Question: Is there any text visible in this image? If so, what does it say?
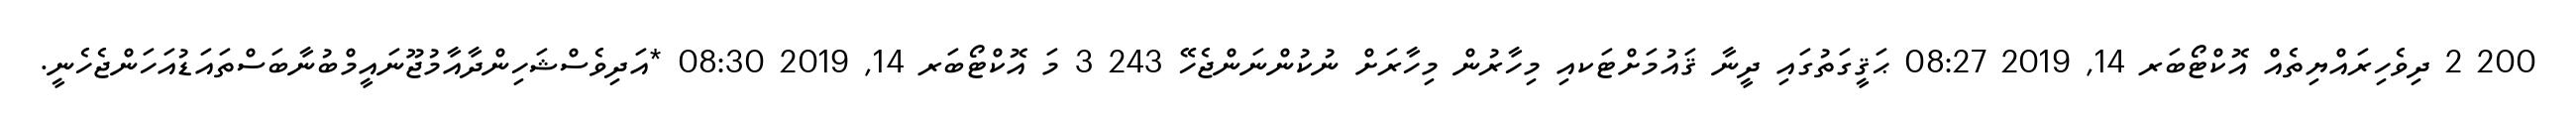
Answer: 200 2 ދިވެހިރައްޔިތެއް އޮކްޓޯބަރ 14, 2019 08:27 ޙަޤީގަތުގައި ދީނާ ޤައުމަށްޓަކއި މިހާރުން މިހާރަށް ނުކުންނަންޖެހޭ 243 3 މަ އޮކްޓޯބަރ 14, 2019 08:30 *އަދިވެސްޝަހިންދާއާމުޖޫނައީމްބުނާބަސްތައަޑުއަހަންޖެހެނީ.